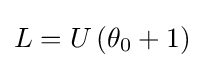
L=U\left(\theta _{0}+1\right)